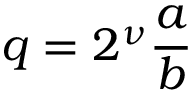
q = 2 ^ { \nu } { \frac { a } { b } }